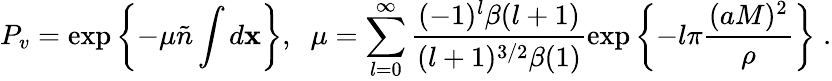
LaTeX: P_{v}=\exp\left\{ -\mu\tilde{n}\int d{\mathbf x}\right\} ,\; \; \mu=\sum_{l=0}^{\infty}\frac{(-1)^{l}\beta(l+1)}{(l+1)^{3/2}\beta(1)}\exp\left\{ -l\pi\frac{(aM)^{2}}{\rho}\right\} \; .